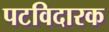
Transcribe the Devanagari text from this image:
पटविदारक